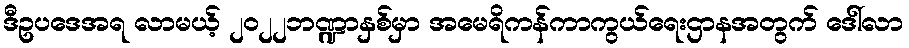
ဒီဥပဒေအရ လာမယ့် ၂၀၂၂ဘဏ္ဍာနှစ်မှာ အမေရိကန်ကာကွယ်ရေးဌာနအတွက် ဒေါ်လာ